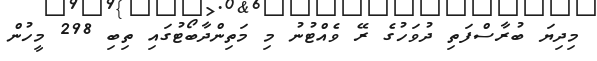
މިދިޔަ ބުރާސްފަތި ދުވަހުގެ ރޭ ވެއްޓުނު މި މަތިންދާބޯޓުގައި ތިބި 298 މީހުން